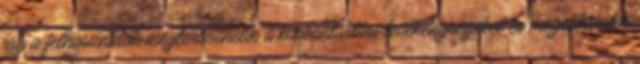
így a felhasználók megtervezhetik a karbantartási tevékenységeket és megelőzhetik